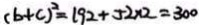
( b + c ) ^ { 2 } = 1 9 2 + 5 2 \times 2 = 3 0 0